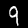
Label: 9